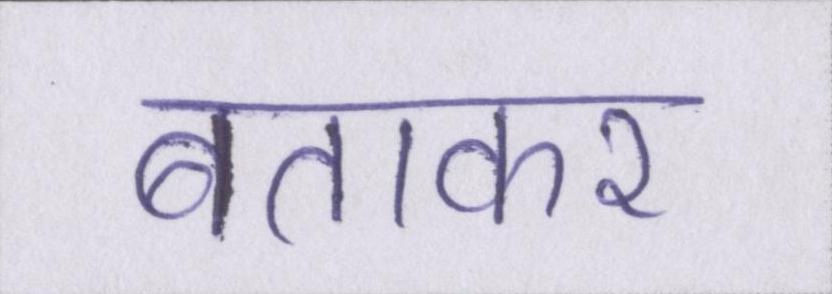
बताकर